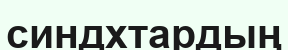
синдхтардың